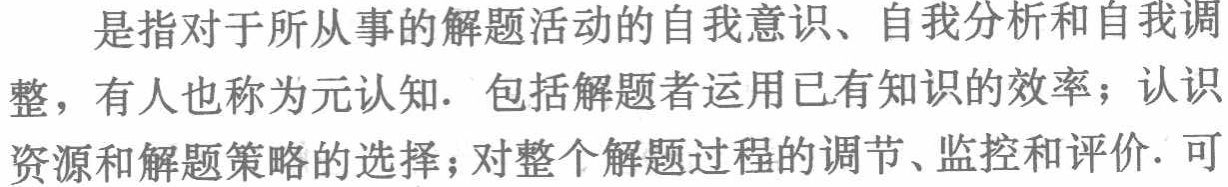
是指对于所从事的解题活动的自我意识、自我分析和自我调整，有人也称为元认知. 包括解题者运用已有知识的效率；认识资源和解题策略的选择；对整个解题过程的调节、监控和评价. 可